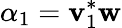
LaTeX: \alpha_{1}=\mathbf{v}_{1}^{*}\mathbf{w}